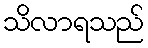
သိလာရသည်